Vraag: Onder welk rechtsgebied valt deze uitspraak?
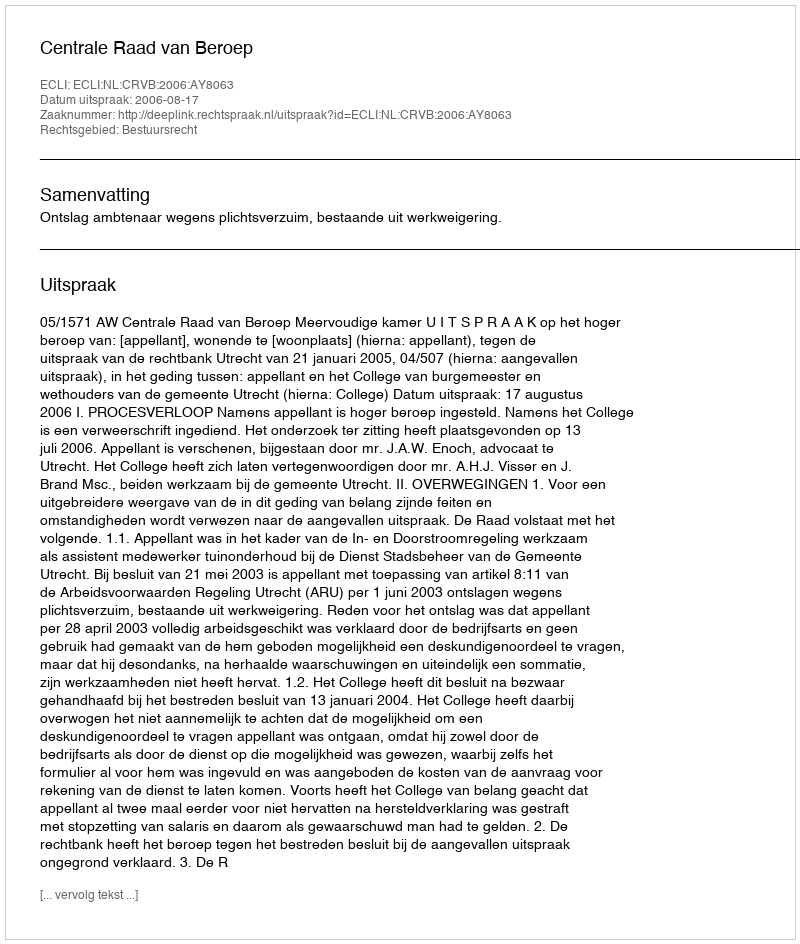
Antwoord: Bestuursrecht